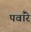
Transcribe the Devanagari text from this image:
पवाँरे